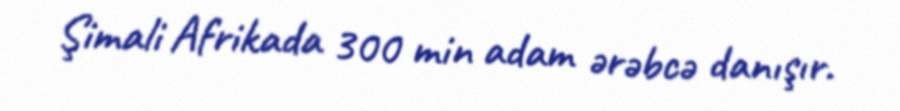
Şimali Afrikada 300 min adam ərəbcə danışır.